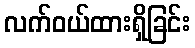
လက်ဝယ်ထားရှိခြင်း